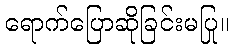
ရောက်ပြောဆိုခြင်းမပြု။